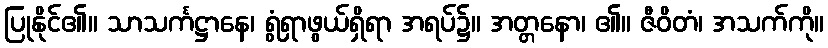
ပြုနိုင်၏။ သာသင်္ကဋ္ဌာနေ၊ ရွံရှာဖွယ်ရှိရာ အရပ်၌။ အတ္တနော၊ ၏။ ဇီဝိတံ၊ အသက်ကို။